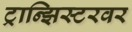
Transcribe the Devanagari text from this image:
ट्रान्झिस्टरवर